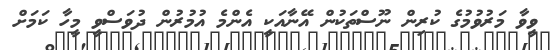
ވީވާ މަރުވުމުގެ ކުރިން ނޫސްތަކުން އޭނާއަކީ އެންމެ އުމުރުން ދުވަސްވީ މީހާ ކަމަށް